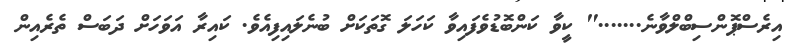
އިރެސްޕޮންސިބްލްވާނެ......." ކީވާ ކަންބޮޑުވެފައިވާ ކަހަލަ ގޮތަކަށް ބުނެލައިފިއެވެ. ކައިރާ އަވަހަށް ދަބަސް ތެރެއިން